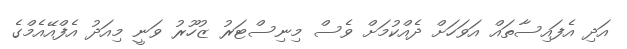
އަދި އެފައިސާތައް އަވަހަށް ދެއްކުމަށް ވެސް މިނިސްޓަރު ޒުހޫރު ވަނީ މިއަދު އެފްއޭއެމްގެ